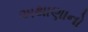
અથાણાનો